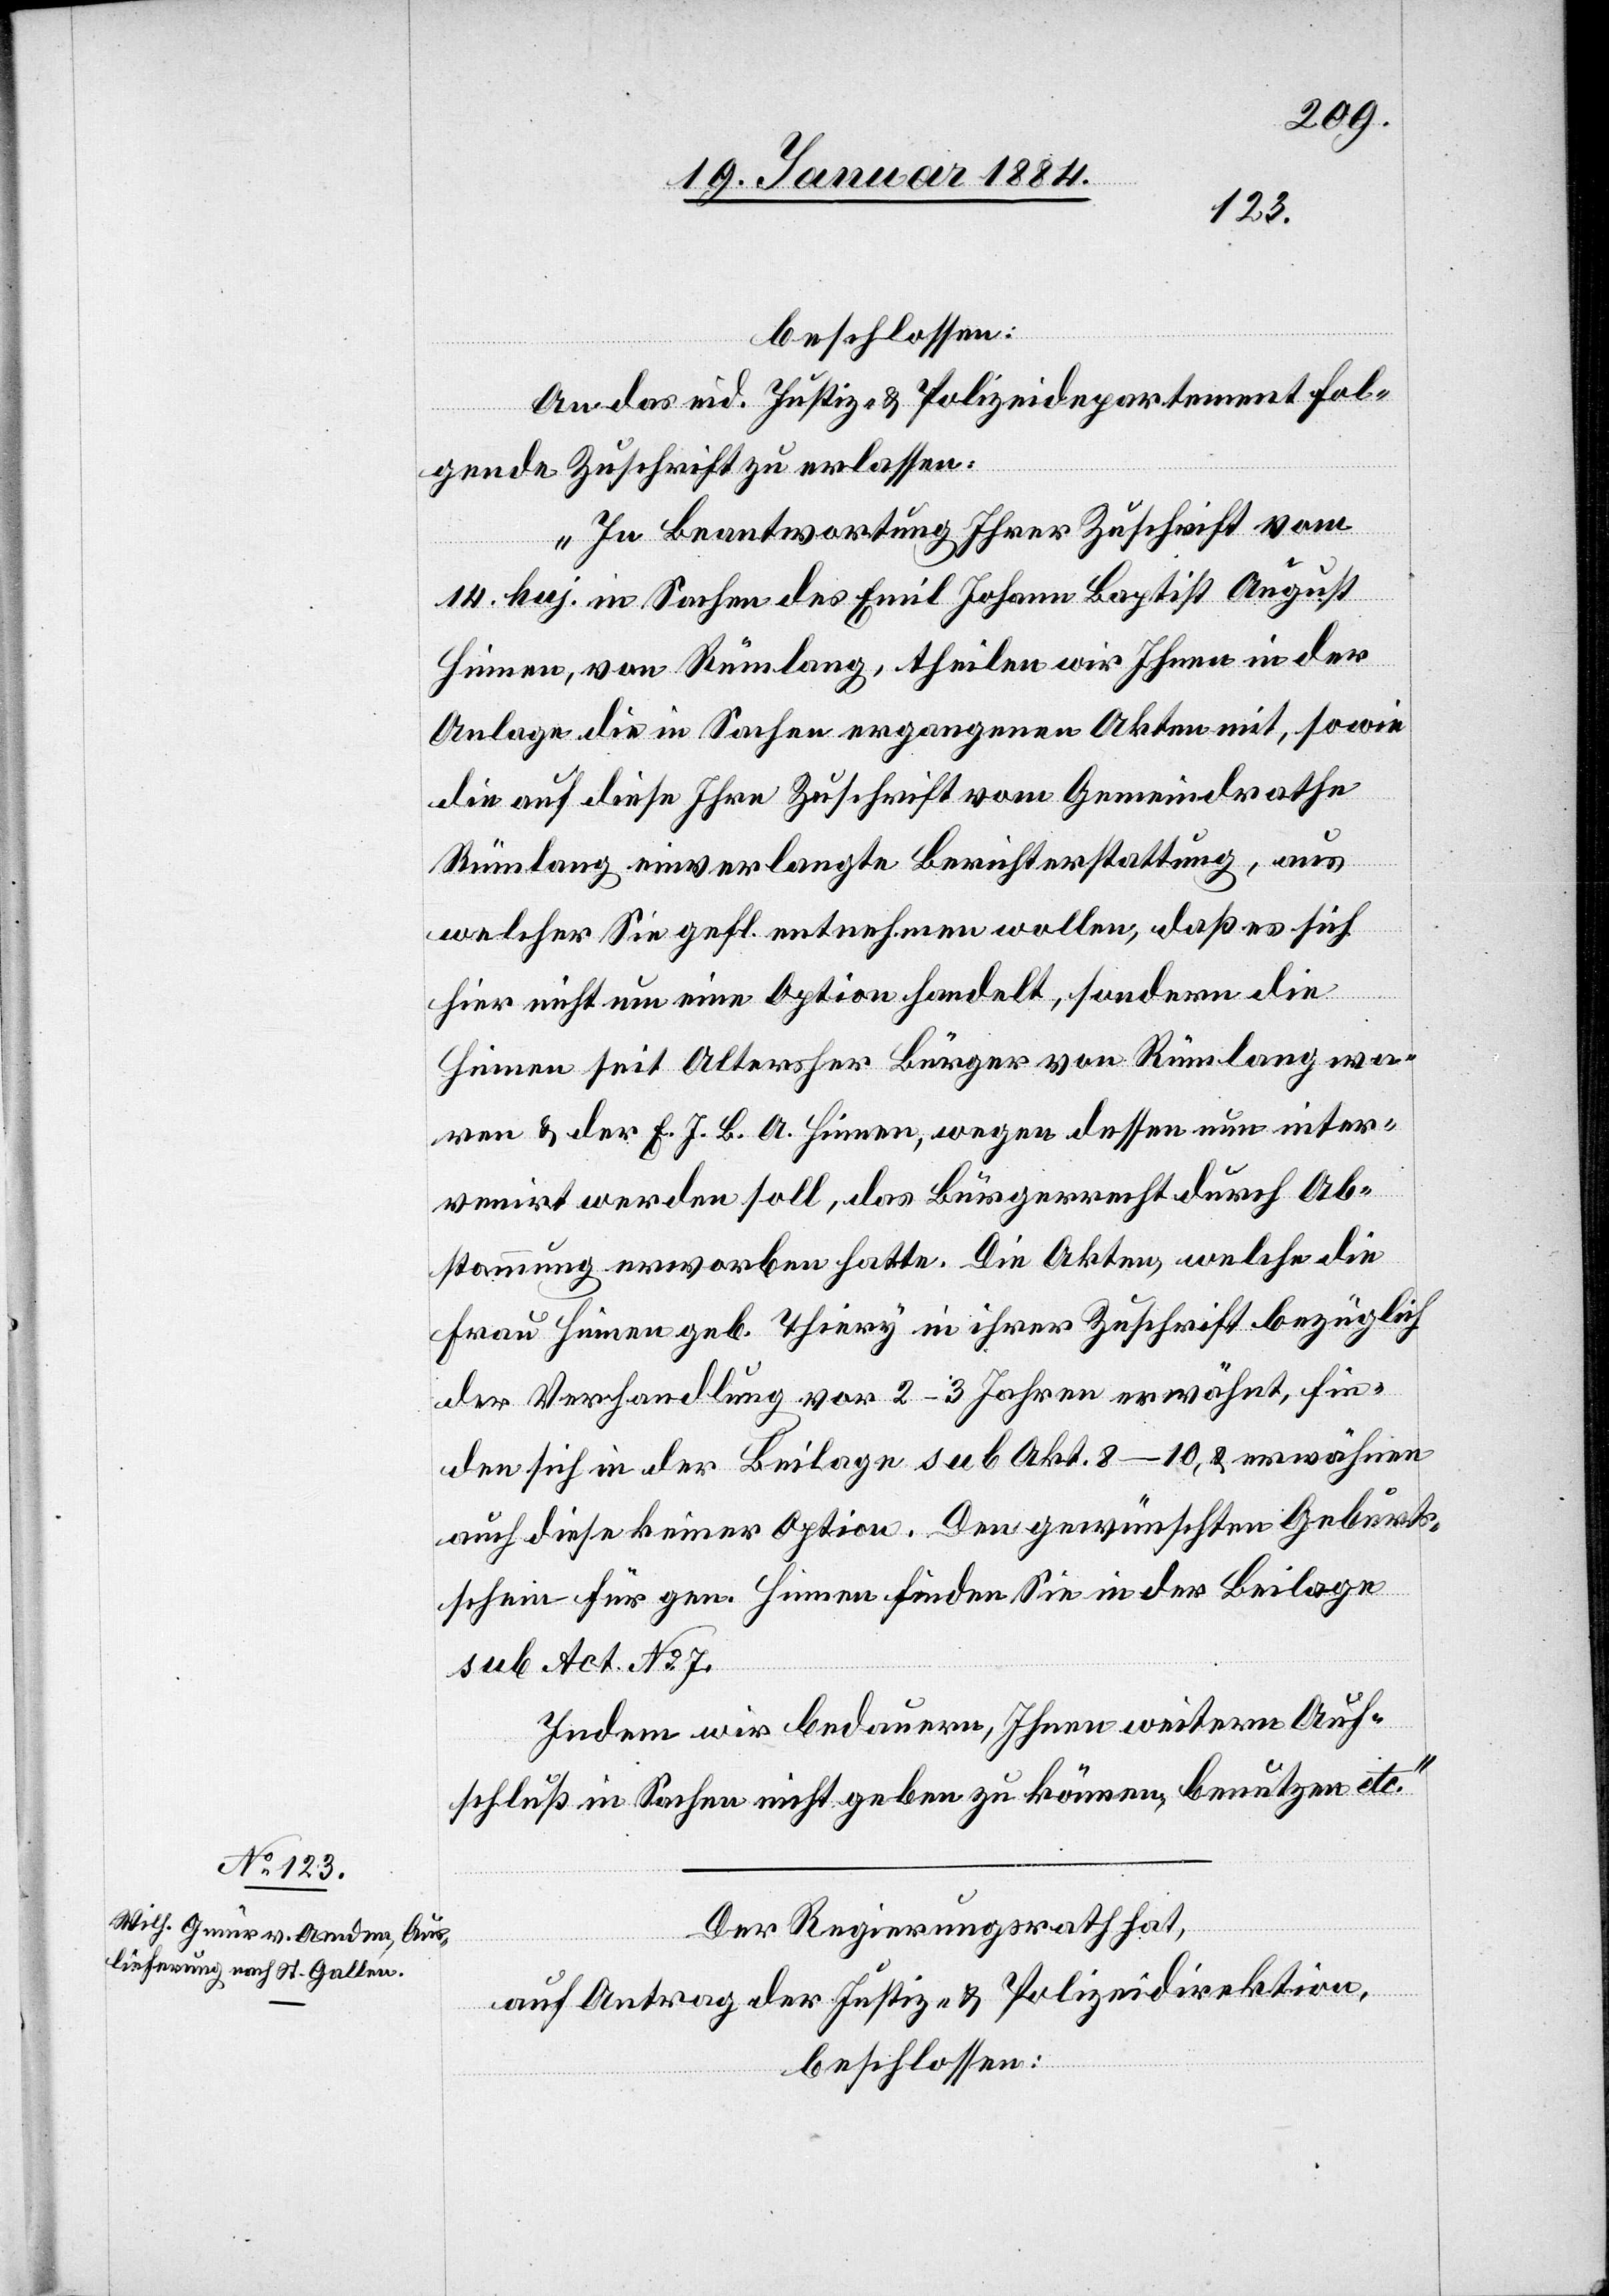
beschlossen:
An das eid. Justiz- & Polizeidepartement fol¬
gende Zuschrift zu erlassen:
„In Beantwortung Ihrer Zuschrift vom
14. huj. in Sachen des Emil Johann Baptist August
Hinnen, von Rümlang, theilen wir Ihnen in der
Anlage die in Sachen ergangenen Akten mit, sowie
die auf diese Ihre Zuschrift vom Gemeindrathe
Rümlang einverlangte Berichterstattung, aus
welcher Sie gefl. entnehmen wollen, daß es sich
hier nicht um eine Option handelt, sondern die
Hinnen seit alterher Bürger von Rümlang wa¬
ren & der E. J. B. A. Hinnen, wegen dessen nun inter¬
ventirt werden soll, das Bürgerecht durch Ab¬
stammung erworben hatte. Die Akten, welche die
Frau Hinnen geb. Thiery in ihrer Zuschrift bezüglich
der Verhandlung vor 2–3 Jahren erwähnt, fin¬
den sich in der Beilage sub Akt. 8–10, & erwähnen
auch diese keine Option. Den gewünschten Geburts¬
schein für gen. Hinnen finden Sie in der Beilage
sub Act. No 7.
Indem wir bedauern, Ihnen weiteren Auf¬
schluß in Sachen nicht geben zu können, benutzen wir
Der Regierungsrath hat,
auf Antrag der Justiz- & Polizeidirektion,
beschlossen: